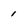
Character: 1